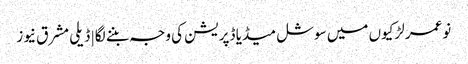
نوعمر لڑکیوں میں سوشل میڈیا ڈپریشن کی وجہ بننے لگا | ڈیلی مشرق نیوز